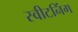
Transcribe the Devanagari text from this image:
स्वीटनिंग